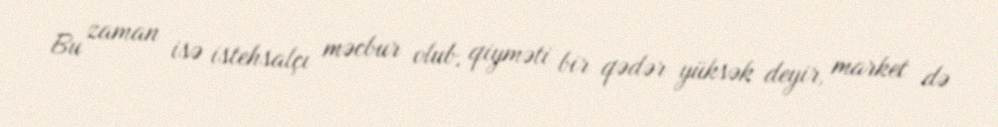
Bu zaman isə istehsalçı məcbur olub, qiyməti bir qədər yüksək deyir, market də